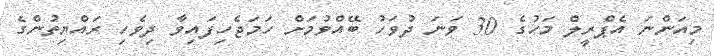
މިއަންނަ އެޕްރީލް މަހުގެ 30 ވަނަ ދުވަހު ބޭއްވުމަށް ހަމަޖެހިފައިވާ ދިވެހި ރައްޔިތުންގެ